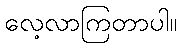
လေ့လာကြတာပါ။